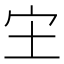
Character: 𫲵